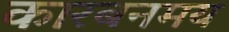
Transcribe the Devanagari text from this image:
कारबनमय